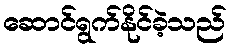
ဆောင်ရွက်နိုင်ခဲ့သည်